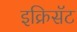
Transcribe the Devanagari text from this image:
इक्रिसॅट